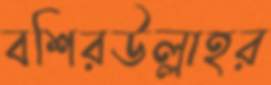
বশিরউল্লাহর